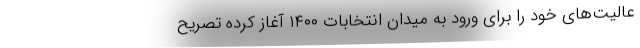
عالیت‌های خود را برای ورود به میدان انتخابات ۱۴۰۰ آغاز کرده تصریح